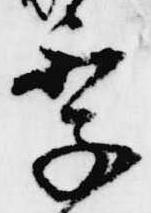
季